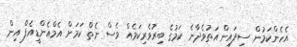
އެހެންކަމުން ސިފައިން އަތުވެދާނެ ކަމުގެ ބިރުވެރިކަމެއް ވެސް ނެތް ކަމަށް އެމްއެންޑީއެފް އިން